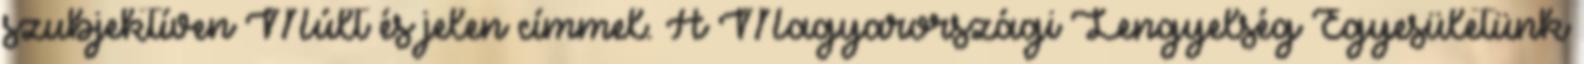
szubjektíven Múlt és jelen címmel. A Magyarországi Lengyelség Egyesületünk